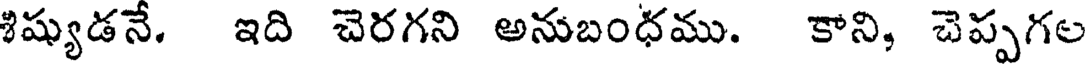
శిష్యుడనే. ఇది చెరగని అనుబంధము. కాని, చెప్పగల